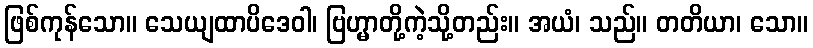
ဖြစ်ကုန်သော။ သေယျထာပိဒေဝါ၊ ဗြဟ္မာတို့ကဲ့သို့တည်း။ အယံ၊ သည်။ တတိယာ၊ သော။